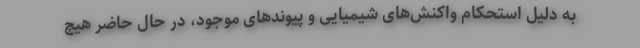
به دلیل استحکام واکنش‌های شیمیایی و پیوندهای موجود، در حال حاضر هیچ